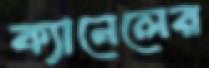
ক্যানেলের